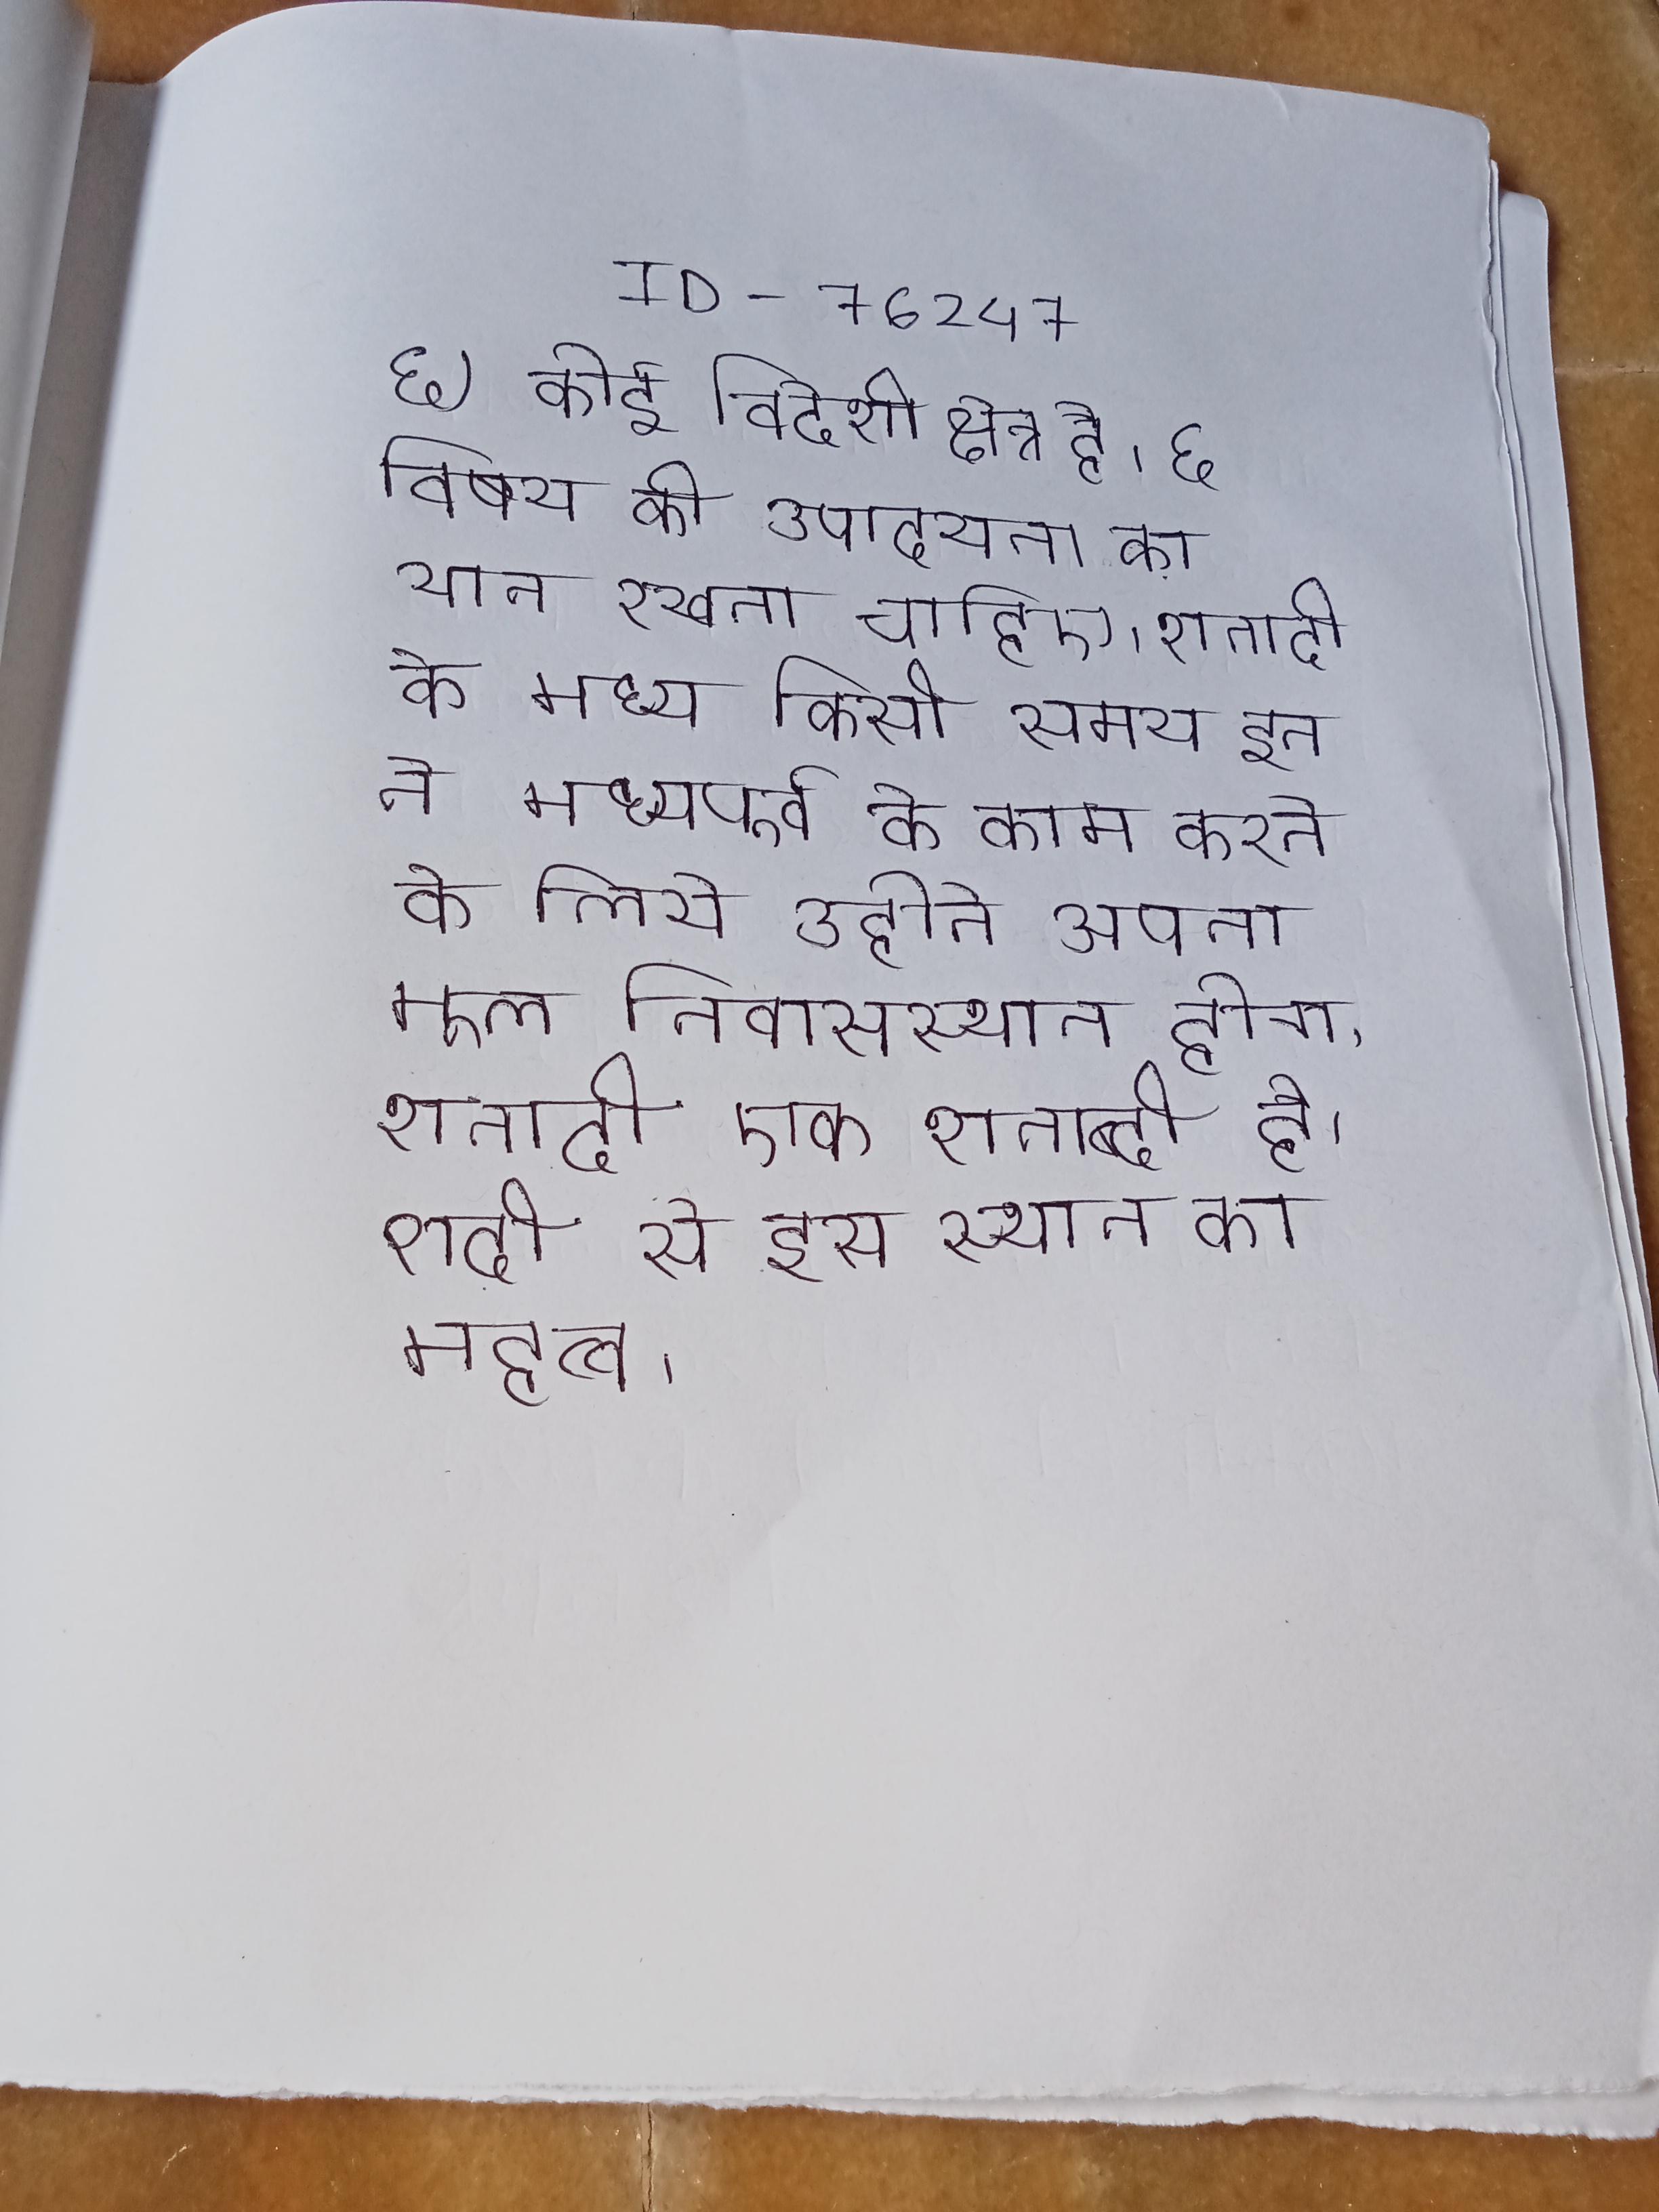
६) कोई विदेशी क्षेत्र है । ६ विषय की उपादेयता का ध्यान रखना चाहिए । शताब्दी के मध्य किसी समय इन ने मध्यपूर्व के काम करने के लिये उन्होने अपना मूल निवासस्थान होगा । शताब्दी एक शताब्दी है । शदी से इस स्थान का महत्व ।